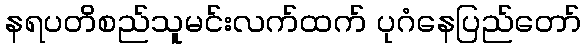
နရပတိစည်သူမင်းလက်ထက် ပုဂံနေပြည်တော်